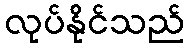
လုပ်နိုင်သည်